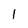
Character: 1